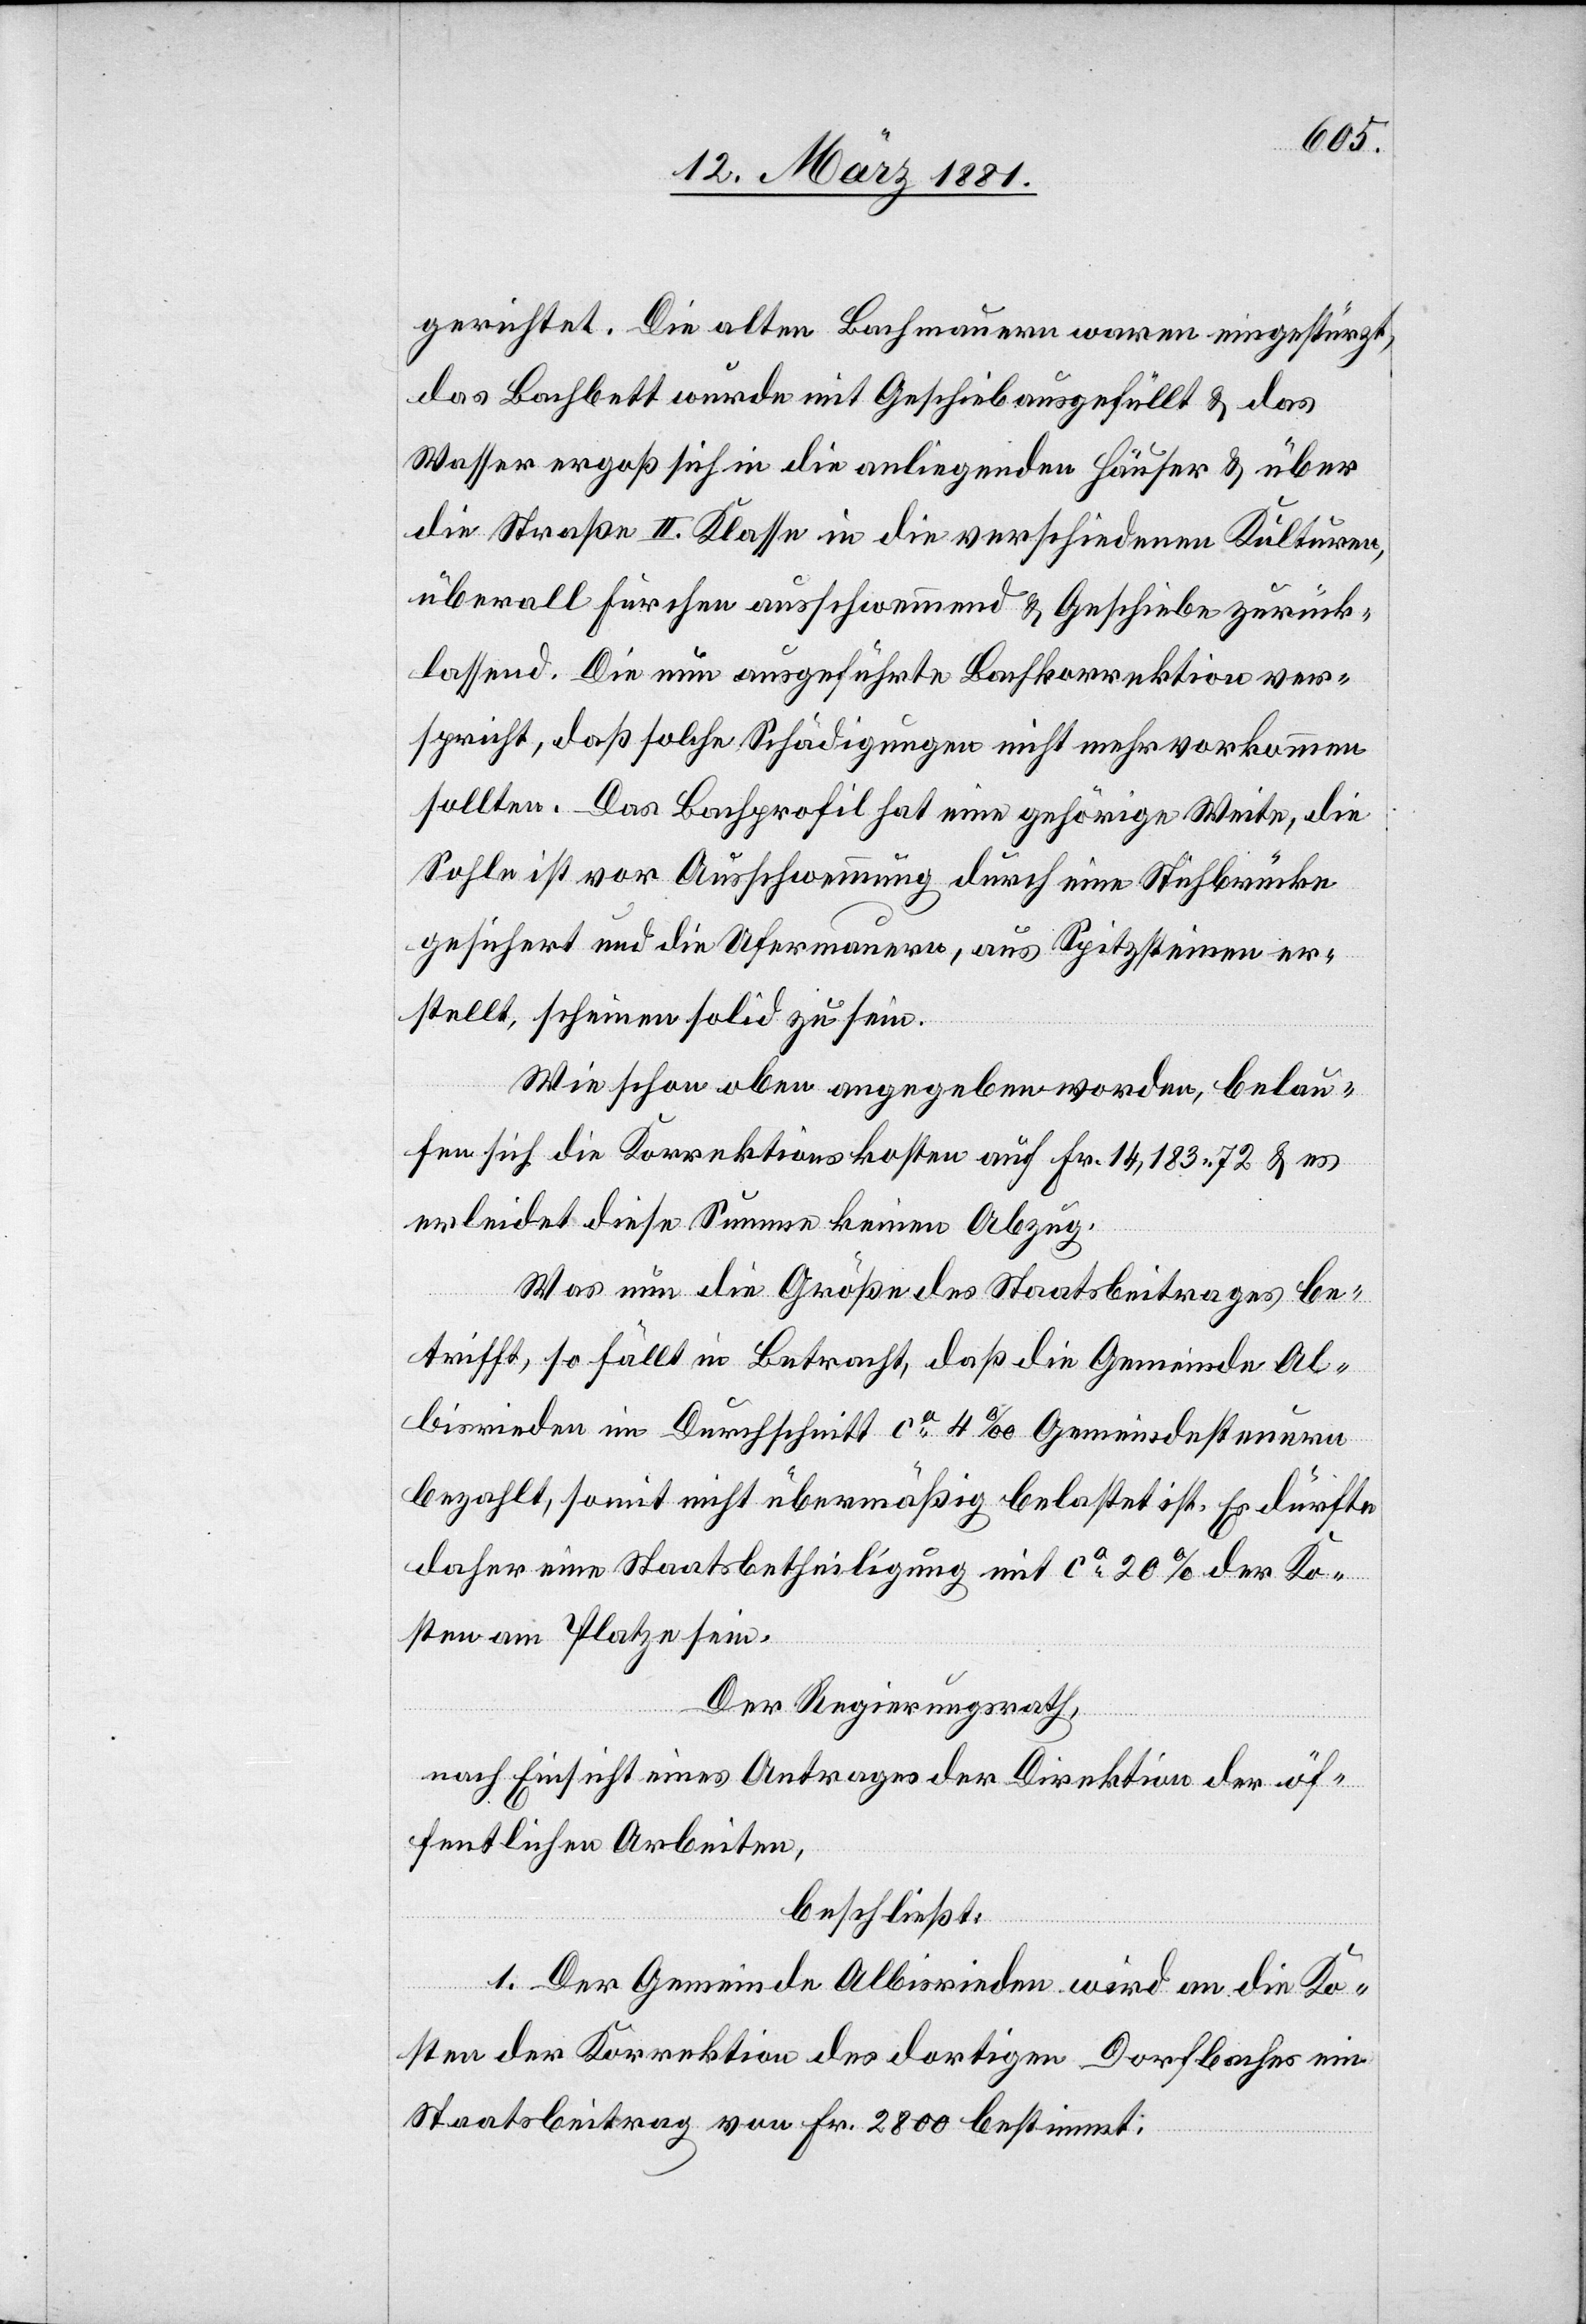
gerichtet. Die alten Bachmauern waren eingestürzt,
das Bachbett wurde mit Geschieb ausgefüllt & das
Wasser ergoß sich in die anliegenden Häuser & über
die Straße II. Klasse in die verschiedenen Kulturen,
überall Furchen ausschwemmend & Geschiebe zurück¬
lassend. Die nun ausgeführte Bachkorrektion ver¬
spricht, daß solche Schädigungen nicht mehr vorkommen
sollten. Das Bachprofil hat eine gehörige Weite, die
Sohle ist vor Ausschwemmung durch eine Stehbrücke
gesichert und die Ufermauern, aus Spitzsteinen er¬
stellt, scheinen solid zu sein.
Wie schon oben angegeben worden, belau¬
fen sich die Korrektionskosten auf Fr. 14,183 72 & es
erleidet diese Summe keinen Abzug.
Was nun die Größe des Staatsbeitrages be¬
trifft, so fällt in Betracht, daß die Gemeinde Al¬
bisrieden im Durchschnitt ca 4‰ Gemeindesteuern
bezahlt, somit nicht übermäßig belastet ist. Es dürfte
daher eine Staatsbetheiligung mit ca 20% der Ko¬
sten am Platze sein.
Der Regierungsrath,
nach Einsicht eines Antrages der Direktion der öf¬
fentlichen Arbeiten,
beschließt:
1. Der Gemeinde Albisrieden wird an die Ko¬
sten der Korrektion des dortigen Dorfbaches ein
Staatsbeitrag von Fr. 2800 bestimmt: